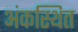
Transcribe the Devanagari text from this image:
अंकस्थित